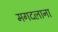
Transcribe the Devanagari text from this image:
मगदलाना